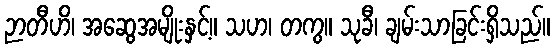
ဉာတီဟိ၊ အဆွေအမျိုးနှင့်။ သဟ၊ တကွ။ သုခီ၊ ချမ်းသာခြင်းရှိသည်။